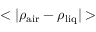
< | \rho _ { \mathrm { a i r } } - \rho _ { \mathrm { l i q } } | >